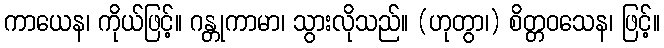
ကာယေန၊ ကိုယ်ဖြင့်။ ဂန္တုကာမာ၊ သွားလိုသည်။ (ဟုတွာ၊) စိတ္တဝသေန၊ ဖြင့်။